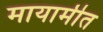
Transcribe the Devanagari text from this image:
मायामीत